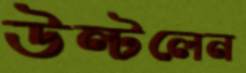
উল্‌টলেন